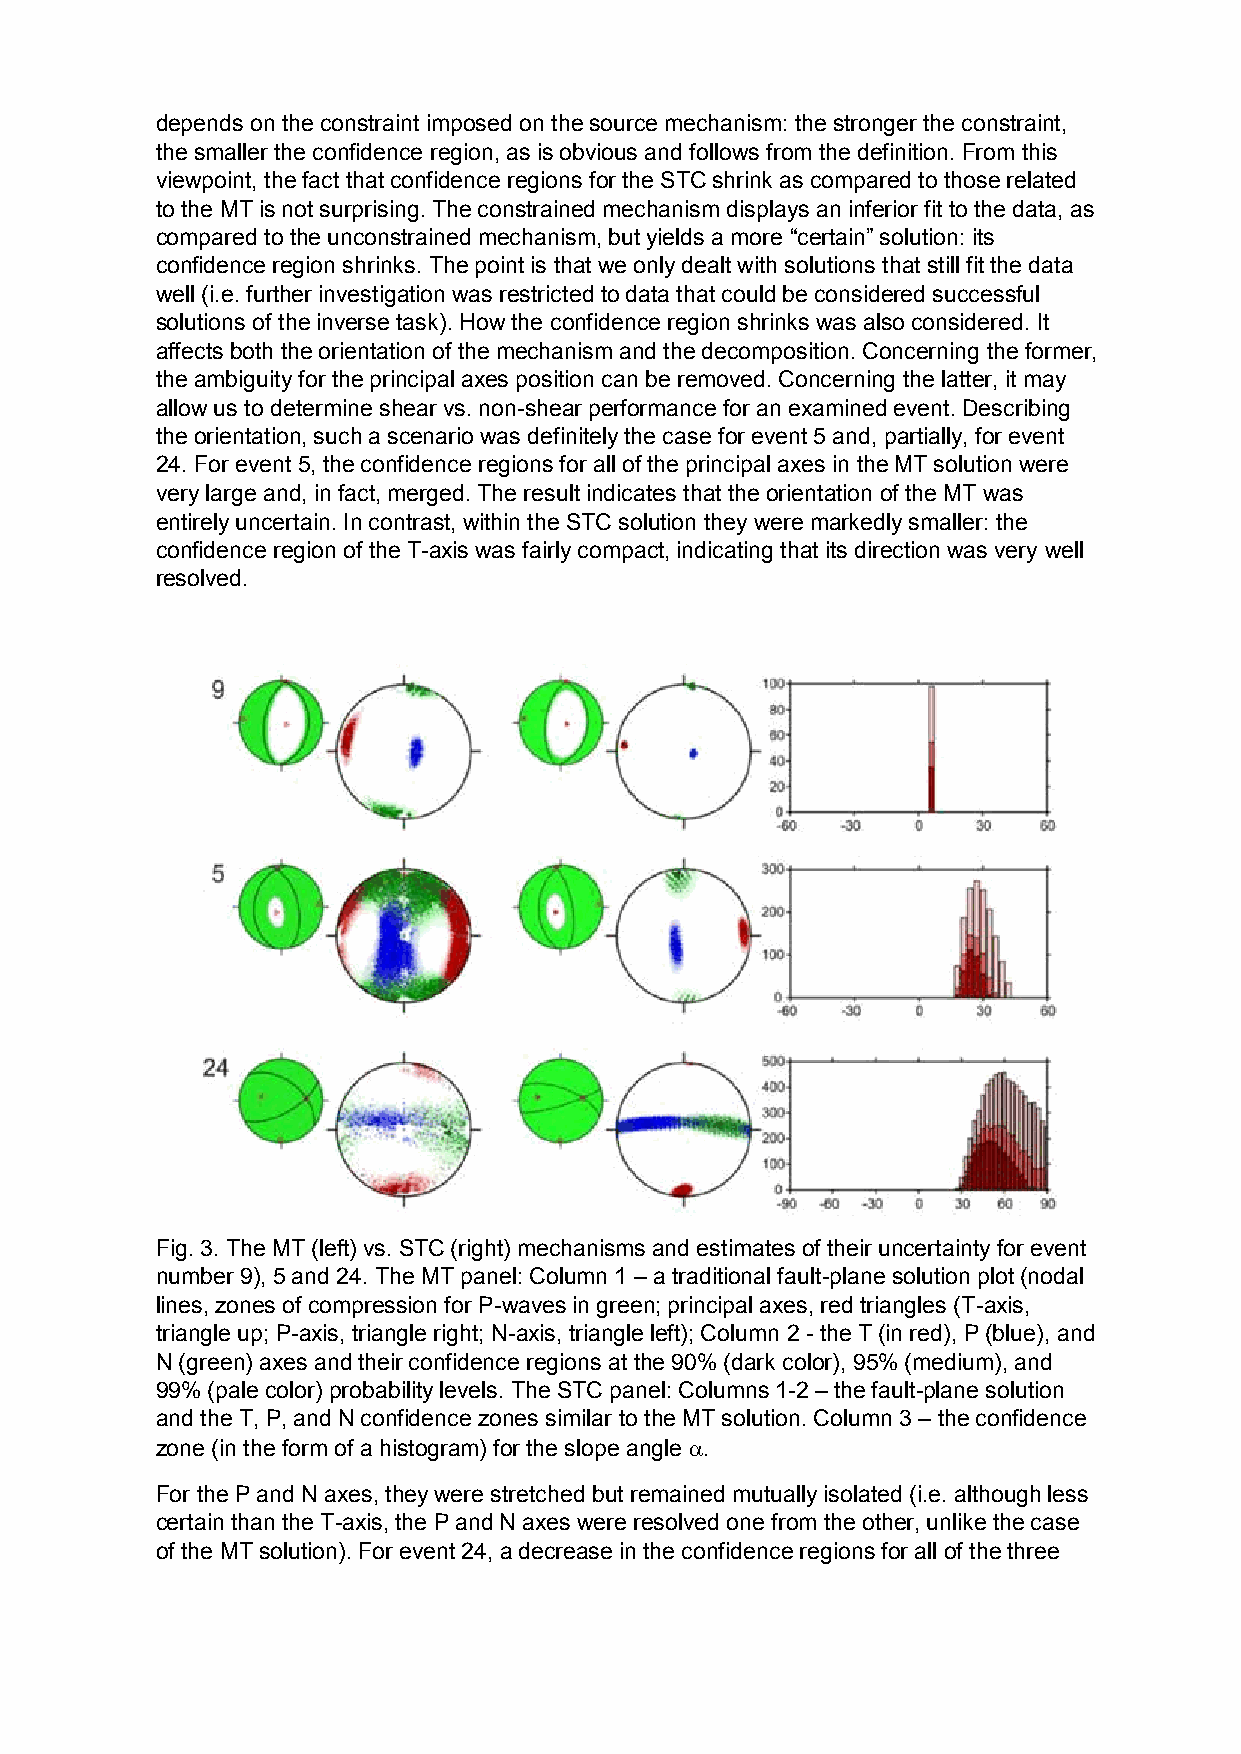
depends on the constraint imposed on the source mechanism: the stronger the constraint,
 the smaller the confidence region, as is obvious and follows from the definition. From this
 viewpoint, the fact that confidence regions for the STC shrink as compared to those related
 to the MT is not surprising. The constrained mechanism displays an inferior fit to the data, as
 compared to the unconstrained mechanism, but yields a more “certain” solution: its
 confidence region shrinks. The point is that we only dealt with solutions that still fit the data
 well (i.e. further investigation was restricted to data that could be considered successful
 solutions of the inverse task). How the confidence region shrinks was also considered. It
 affects both the orientation of the mechanism and the decomposition. Concerning the former,
 the ambiguity for the principal axes position can be removed. Concerning the latter, it may
 allow us to determine shear vs. non-shear performance for an examined event. Describing
 the orientation, such a scenario was definitely the case for event 5 and, partially, for event
 24. For event 5, the confidence regions for all of the principal axes in the MT solution were
 very large and, in fact, merged. The result indicates that the orientation of the MT was
 entirely uncertain. In contrast, within the STC solution they were markedly smaller: the
 confidence region of the T-axis was fairly compact, indicating that its direction was very well
 resolved.
 Fig. 3. The MT (left) vs. STC (right) mechanisms and estimates of their uncertainty for event
 number 9), 5 and 24. The MT panel: Column 1 – a traditional fault-plane solution plot (nodal
 lines, zones of compression for P-waves in green; principal axes, red triangles (T-axis,
 triangle up; P-axis, triangle right; N-axis, triangle left); Column 2 - the T (in red), P (blue), and
 N (green) axes and their confidence regions at the 90% (dark color), 95% (medium), and
 99% (pale color) probability levels. The STC panel: Columns 1-2 – the fault-plane solution
 and the T, P, and N confidence zones similar to the MT solution. Column 3 – the confidence
 zone (in the form of a histogram) for the slope angle .
 For the P and N axes, they were stretched but remained mutually isolated (i.e. although less
 certain than the T-axis, the P and N axes were resolved one from the other, unlike the case
 of the MT solution). For event 24, a decrease in the confidence regions for all of the three